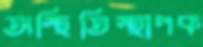
অস্থিতিস্থাপক